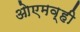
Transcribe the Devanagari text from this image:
ओएमव्ही